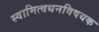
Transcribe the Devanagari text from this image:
स्वामित्वधनविषयक